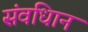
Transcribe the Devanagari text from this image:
संवधिान